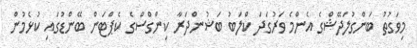
މިވަގުތު ބަންގުލަދޭޝްގެ އެންމެ ވަރުގަދަ ކްލަބު ބަޝުންދަރާ ކިންގްސްގެ ކެޕްޓަން ބޭންޑުގައި ކުޅެމުން